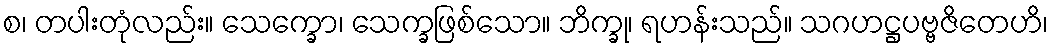
စ၊ တပါးတုံလည်း။ သေက္ခော၊ သေက္ခဖြစ်သော။ ဘိက္ခု၊ ရဟန်းသည်။ သဂဟဋ္ဌပဗ္ဗဇိတေဟိ၊